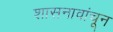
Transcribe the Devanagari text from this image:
शासनावांचून